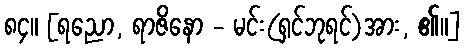
၈၄။ [ရညော, ရာဇိနော - မင်း(ရှင်ဘုရင်)အား, ၏။]